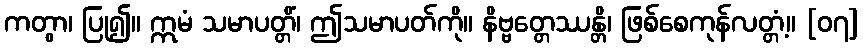
ကတွာ၊ ပြု၍။ ဣမံ သမာပတ္တိံ၊ ဤသမာပတ်ကို။ နိဗ္ဗတ္တေဿန္တိ၊ ဖြစ်စေကုန်လတ္တံ့။ [၀၇]